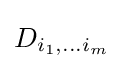
D_{i_{1},...i_{m}}